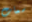
سمات